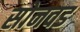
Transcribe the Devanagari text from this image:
सोनवड